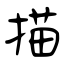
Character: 描